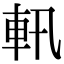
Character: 軐